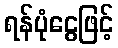
ရန်ပုံငွေဖြင့်